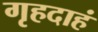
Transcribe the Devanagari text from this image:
गृहदाहं